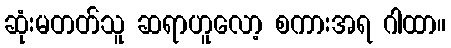
ဆုံးမတတ်သူ ဆရာဟူလော့ စကားအရ ဂါထာ။